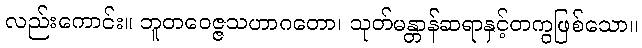
လည်းကောင်း။ ဘူတဝေဇ္ဇသဟာဂတော၊ သုတ်မန္တာန်ဆရာနှင့်တကွဖြစ်သော။